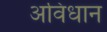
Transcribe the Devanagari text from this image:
अविधान